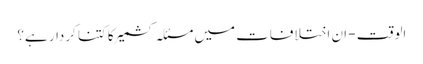
الوقت - ان اختلافات میں مسئلہ کشمیر کا کتنا کردار ہے؟